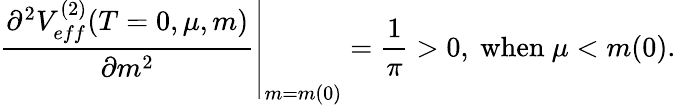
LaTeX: \left.\frac{\partial^{2}V_{eff}^{(2)}(T=0,\mu,m)}{\partial m^{2}}\right|_{m=m(0)}=\frac{1}{\pi}>0,\ \mathrm{when}\ \mu<m(0).